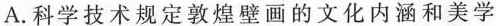
A.科学技术规定敦煌壁画的文化内涵和美学